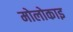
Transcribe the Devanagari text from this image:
मोलोकाइ